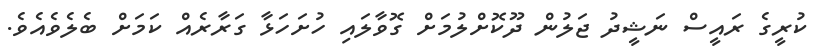
ކުރީގެ ރައީސް ނަޝީދު ޖަލުން ދޫކޮށްލުމަށް ގޮވާލައި ހުށަހަޅާ ގަރާރެއް ކަމަށް ބެލެވެއެވެ.